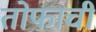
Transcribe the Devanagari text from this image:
तोफाची